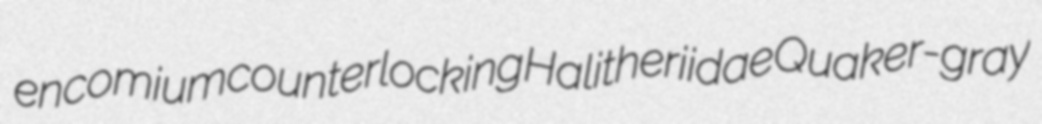
encomium counterlocking Halitheriidae Quaker-gray